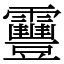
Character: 靊